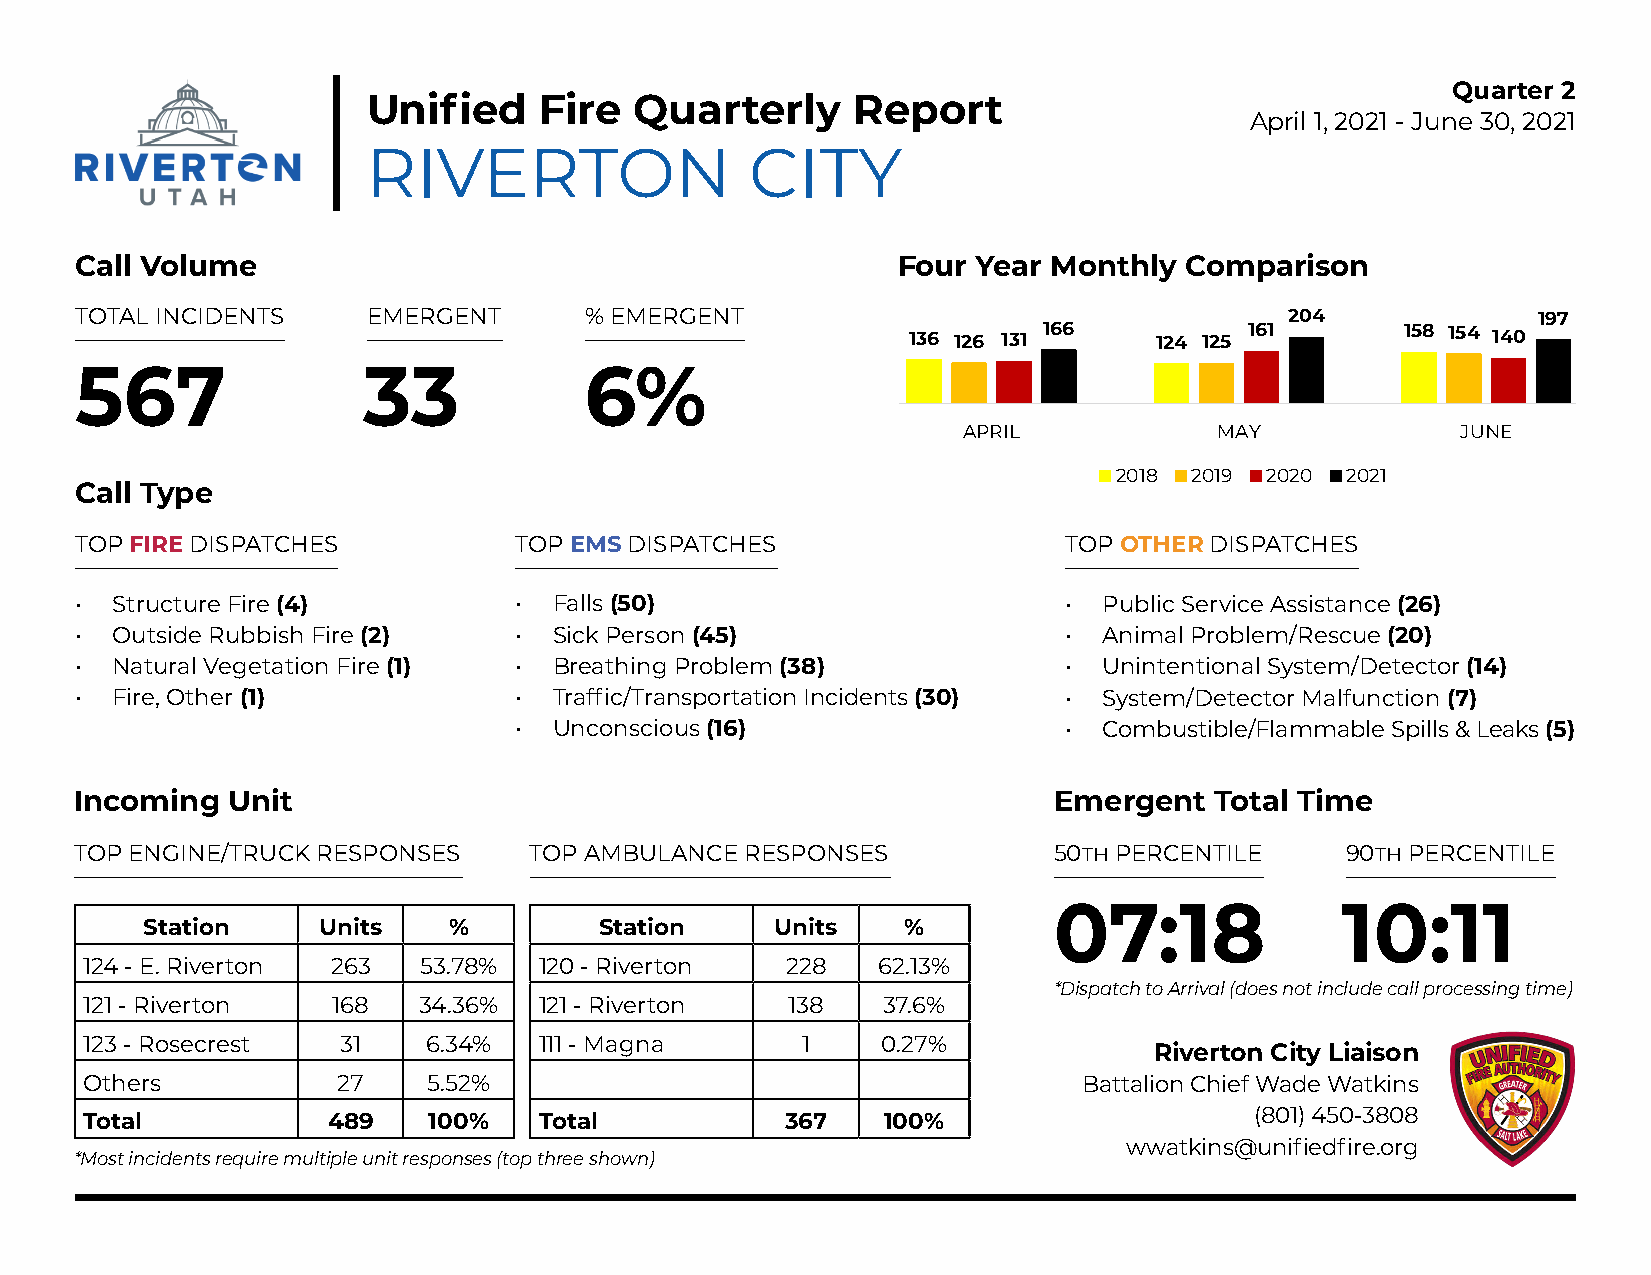
Quarter 2
 Unified     Fire  Quarterly     Report
 April 1, 2021 - June 30, 2021
 RIVERTON                  CITY
 Call Volume                                           Four  Year Monthly Comparison
 TOTAL INCIDENTS    EMERGENT       % EMERGENT                                    204              197
 136 126 131 166 124 125 161      158 154 140
 567                33             6%
 APRIL            MAY             JUNE
 2018 2019 2020 2021
 Call Type
 TOP FIRE DISPATCHES          TOP EMS DISPATCHES                  TOP OTHER DISPATCHES
 • Structure Fire (4)         •  Falls (50)                       •  Public Service Assistance (26)
 • Outside Rubbish Fire (2)   •  Sick Person (45)                 •  Animal Problem/Rescue (20)
 • Natural Vegetation Fire (1) • Breathing Problem (38)           •  Unintentional System/Detector (14)
 • Fire, Other (1)            •  Traffic/Transportation Incidents (30) • System/Detector Malfunction (7)
 •  Unconscious (16)                 •  Combustible/Flammable Spills & Leaks (5)
 Incoming  Unit                                                   Emergent  Total Time
 TOP ENGINE/TRUCK RESPONSES    TOP AMBULANCE RESPONSES            50th PERCENTILE    90th PERCENTILE
 07:18              10:11
 Station     Units    %         Station    Units    %
 124 - E. Riverton 263 53.78%  120 - Riverton  228   62.13%
 *Dispatch to Arrival (does not include call processing time)
 121 - Riverton  168   34.36%  121 - Riverton  138   37.6%
 123 - Rosecrest 31    6.34%   111 - Magna      1    0.27%
 Riverton City Liaison
 Others          27    5.52%                                       Battalion Chief Wade Watkins
 Total           489   100%    Total           367   100%                     (801) 450-3808
 wwatkins@unifiedfire.org
 *Most incidents require multiple unit responses (top three shown)